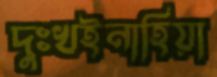
দুঃখইনাহিয়া